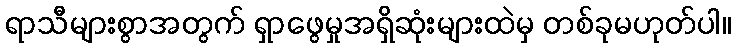
ရာသီများစွာအတွက် ရှာဖွေမှုအရှိဆုံးများထဲမှ တစ်ခုမဟုတ်ပါ။